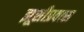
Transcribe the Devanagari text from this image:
झूसीप्रवास